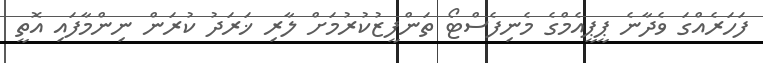
ފަހަރެއްގަ ވެދާނެ ޕީޕީއެމްގެ މެނިފެސްޓޯ ތަންފީޒުކުރުމަށް ލާރި ޚަރަދު ކުރަން ނިންމާފައި އޮތީ